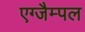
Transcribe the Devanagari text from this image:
एग्जैम्पल